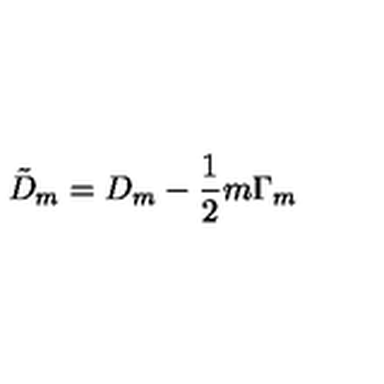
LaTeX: { \tilde { D } } _ { m } = D _ { m } - \frac { 1 } { 2 } m \Gamma _ { m }